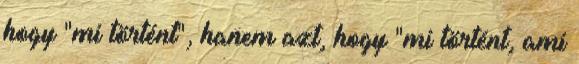
hogy "mi történt", hanem azt, hogy "mi történt, ami